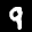
Label: 9